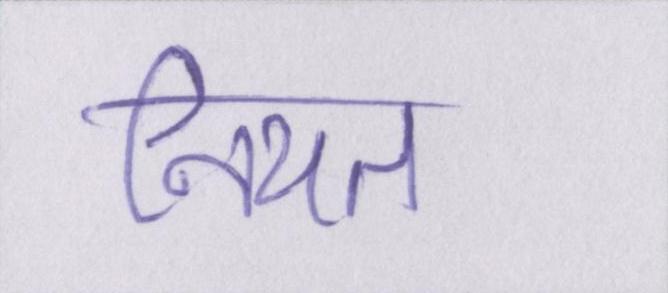
नियत